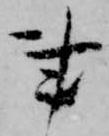
事